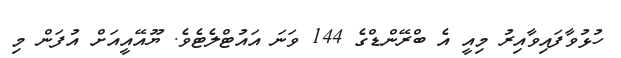
ހުޅުވާފައިވާއިރު މިއީ އެ ބްރޭންޑްގެ 144 ވަނަ އައުޓްލެޓެވެ. ޔޫއޭއީއަށް އުފަން މި